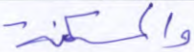
والمسكنة